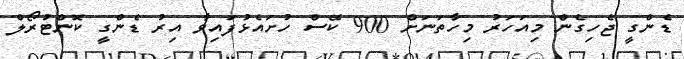
ޑެންގީ ޖެހިގެން މިއަހަރު މިހާތަނަށް 900 ކޭސް ހުށައެޅުފައިވާ އިރު ޑެންގީ ކޮންޓުރޯލް